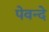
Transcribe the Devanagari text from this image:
पेवन्दे